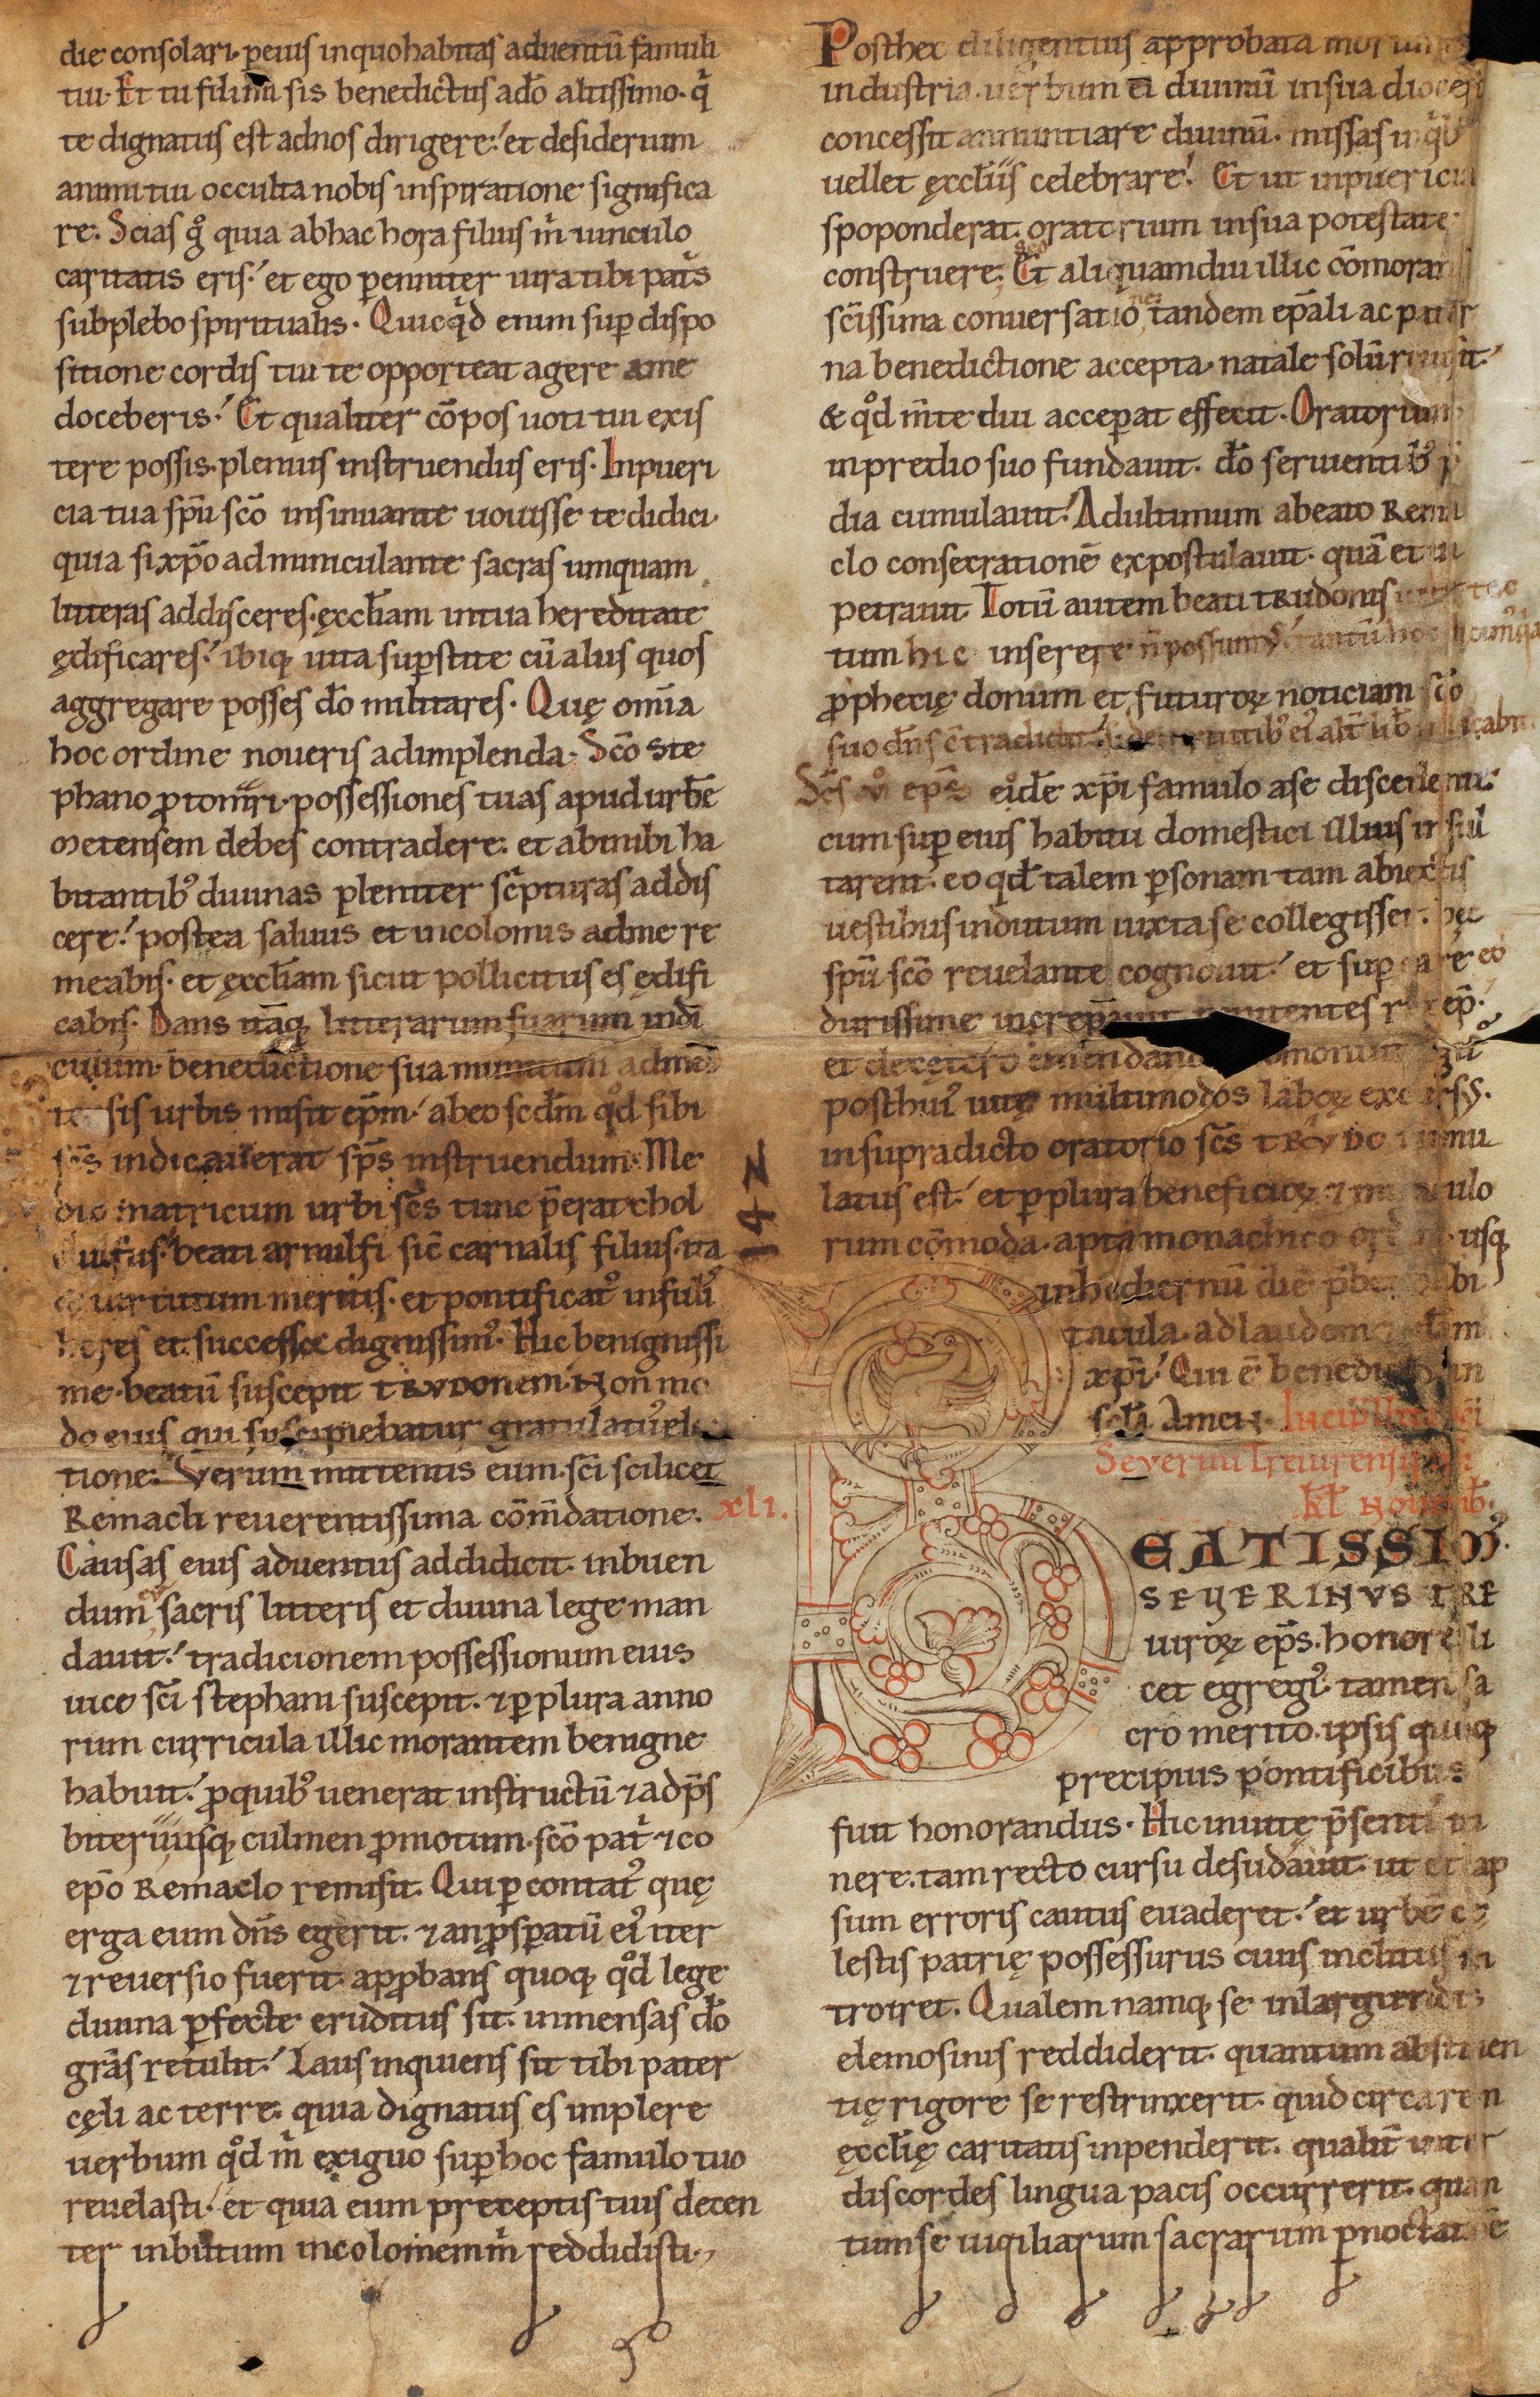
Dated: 1140–1170